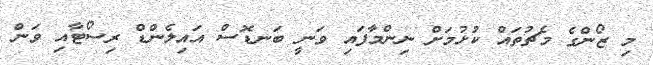
މި ޒޯންގެ މެޗުތައް ކުޅުމަށް ނިންމާފައި ވަނީ ބަނޑޮސް އައިލެންޑް ރިސޯޓާއި ވަން